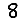
Digit: 8